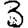
Digit: 3